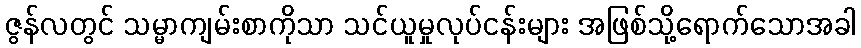
ဇွန်လတွင် သမ္မာကျမ်းစာကိုသာ သင်ယူမှုလုပ်ငန်းများ အဖြစ်သို့ရောက်သောအခါ